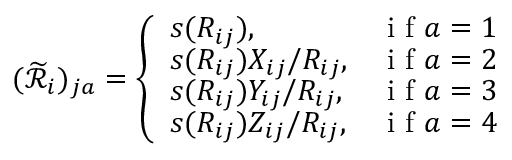
( \widetilde { \mathcal { R } } _ { i } ) _ { j a } = \left\{ \begin{array} { l l } { s ( R _ { i j } ) , } & { \mathrm { ~ i ~ f ~ } a = 1 } \\ { s ( R _ { i j } ) X _ { i j } / R _ { i j } , } & { \mathrm { ~ i ~ f ~ } a = 2 } \\ { s ( R _ { i j } ) Y _ { i j } / R _ { i j } , } & { \mathrm { ~ i ~ f ~ } a = 3 } \\ { s ( R _ { i j } ) Z _ { i j } / R _ { i j } , } & { \mathrm { ~ i ~ f ~ } a = 4 } \end{array} \right.